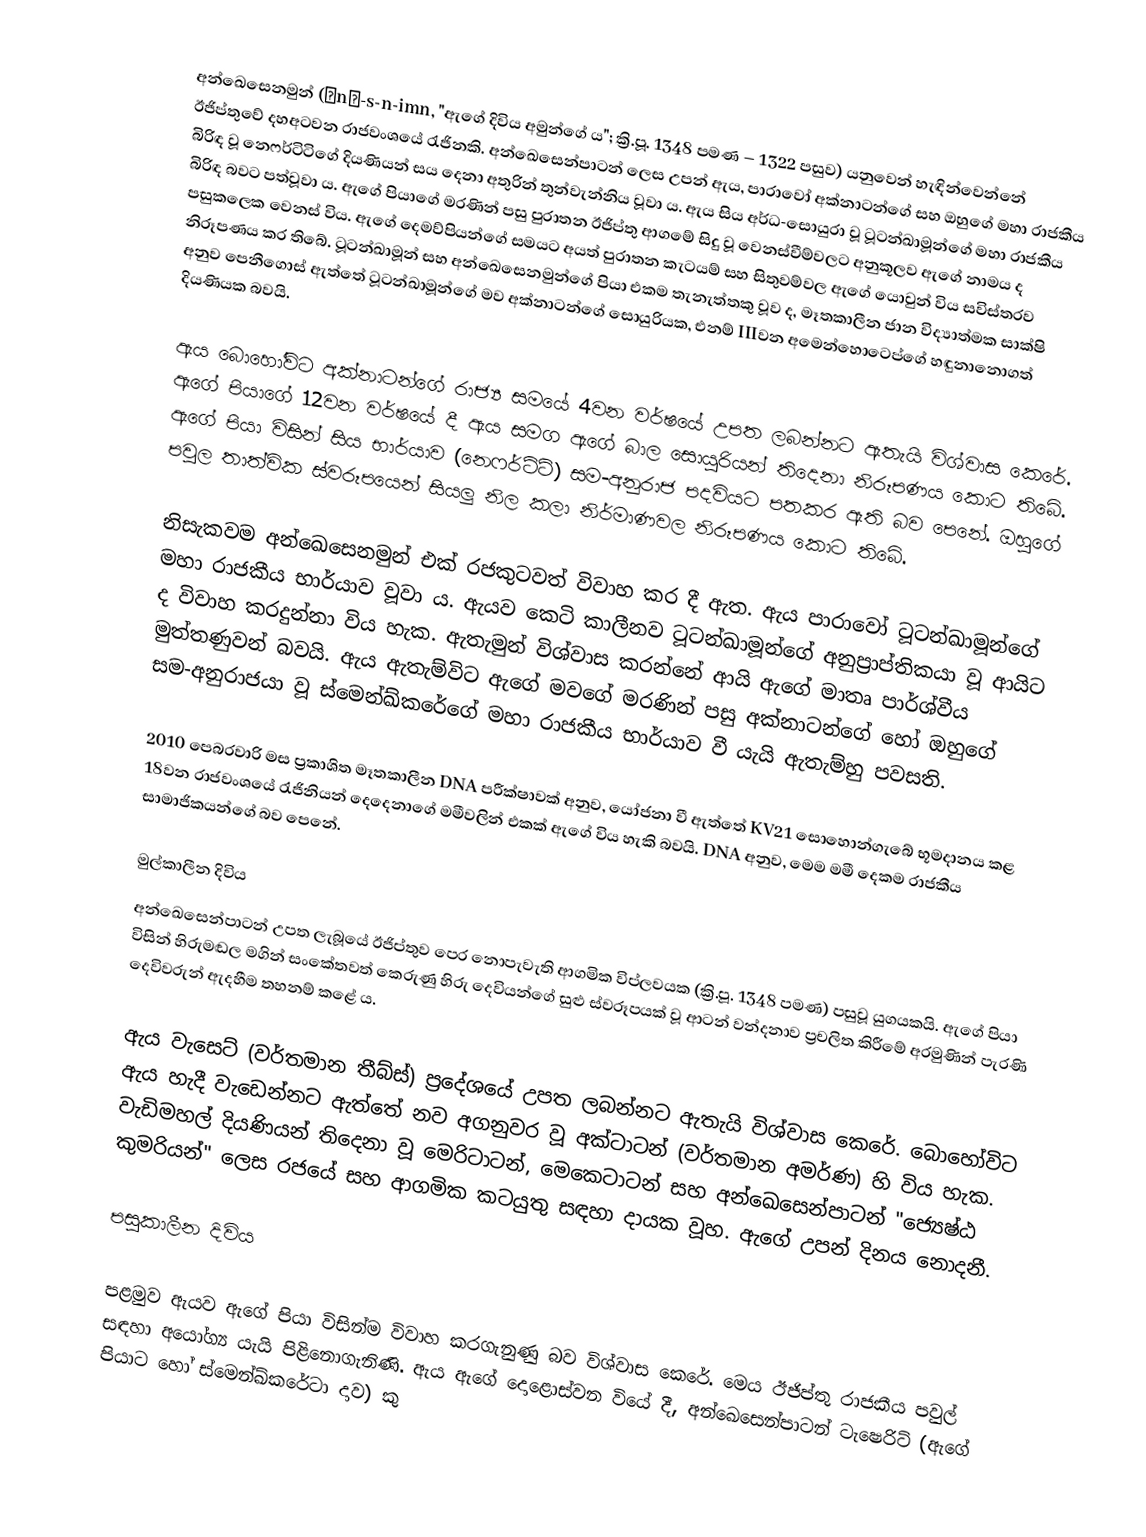
අන්ඛෙසෙනමුන් (ˁnḫ-s-n-imn, "ඇගේ දිවිය අමුන්ගේ ය"; ක්‍රි.පූ. 1348 පමණ – 1322 පසුව) යනුවෙන් හැඳින්වෙන්නේ ඊජිප්තුවේ දහඅටවන රාජවංශයේ රැජිනකි. අන්ඛෙසෙන්පාටන් ලෙස උපන් ඇය, පාරාවෝ අක්නාටන්ගේ සහ ඔහුගේ මහා රාජකීය බිරිඳ වූ නෙෆර්ටිටිගේ දියණියන් සය දෙනා අතුරින් තුන්වැන්නිය වූවා ය. ඇය සිය අර්ධ-සොයුරා වූ ටූටන්ඛාමූන්ගේ මහා රාජකීය බිරිඳ බවට පත්වූවා ය. ඇගේ පියාගේ මරණින් පසු පුරාතන ඊජිප්තු ආගමේ සිදු වූ වෙනස්වීම්වලට අනුකූලව ඇගේ නාමය ද පසුකලෙක වෙනස් විය. ඇගේ දෙමව්පියන්ගේ සමයට අයත් පුරාතන කැටයම් සහ සිතුවම්වල ඇගේ යොවුන් විය සවිස්තරව නිරූපණය ක‍ර තිබේ. ටූටන්ඛාමූන් සහ අන්ඛෙසෙනමුන්ගේ පියා එකම තැනැත්තකු වූව ද, මෑතකාලීන ජාන විද්‍යාත්මක සාක්ෂි අනුව පෙනීගොස් ඇත්තේ ටූටන්ඛාමූන්ගේ මව අක්නාටන්ගේ සොයුරියක, එනම් IIIවන අමෙන්හොටෙප්ගේ හඳුනානොගත් දියණියක බවයි.

ඇය බොහෝවිට අක්නාටන්ගේ රාජ්‍ය සමයේ 4වන වර්ෂයේ උපත ලබන්නට ඇතැයි විශ්වාස කෙරේ. ඇගේ පියාගේ 12වන වර්ෂයේ දී ඇය සමග ඇගේ බාල සොයුරියන් තිදෙනා නිරූපණය කොට තිබේ. ඇගේ පියා විසින් සිය භාර්යාව (නෙෆර්ටිටි) සම-අනුරාජ පදවියට පතකර ඇති බව පෙනේ. ඔහුගේ පවුල තාත්වික ස්වරූපයෙන් සියලු නිල කලා නිර්මාණවල නිරූපණය කොට තිබේ.

නිසැකවම අන්ඛෙසෙනමුන් එක් රජකුටවත් විවාහ කර දී ඇත. ඇය පාරාවෝ ටූටන්ඛාමූන්ගේ මහා රාජකීය භාර්යාව වූවා ය. ඇයව කෙටි කාලීනව ටූටන්ඛාමූන්ගේ අනුප්‍රාප්තිකයා වූ ආයිට ද විවාහ කරදුන්නා විය හැක. ඇතැමුන් විශ්වාස කරන්නේ ආයි ඇගේ මාතෘ පාර්ශ්වීය මුත්තණුවන් බවයි. ඇය ඇතැම්විට ඇගේ මවගේ මරණින් පසු අක්නාටන්ගේ හෝ ඔහුගේ සම-අනුරාජයා වූ ස්මෙන්ඛ්කරේගේ මහා රාජකීය භාර්යාව වී යැයි ඇතැම්හු පවසති.

2010 පෙබරවාරි මස ප්‍රකාශිත මෑතකාලීන DNA පරීක්ෂාවක් අනුව, යෝජනා වී ඇත්තේ KV21 සොහොන්ගැබේ භූමදානය කළ 18වන රාජවංශයේ රැජිනියන් දෙදෙනාගේ මමීවලින් එකක් ඇගේ විය හැකි බවයි. DNA අනුව, මෙම මමී දෙකම රාජකීය සාමාජිකයන්ගේ බව පෙනේ.

මුල්කාලීන දිවිය
අන්ඛෙසෙන්පාටන් උපත ලැබූයේ ඊජිප්තුව පෙර නොපැවැති ආගමික විප්ලවයක (ක්‍රි.පූ. 1348 පමණ) පසුවූ යුගයකයි. ඇගේ පියා විසින් හිරුමඬල මගින් සංකේතවත් කෙරුණු හිරු දෙවියන්ගේ සුළු ස්වරූපයක් වූ ආටන් වන්දනාව ප්‍රචලිත කිරීමේ අරමුණින් පැරණි දෙවිවරුන් ඇදහීම තහනම් කළේ ය.

ඇය වැසෙට් (වර්තමාන තීබ්ස්) ප්‍රදේශයේ උපත ලබන්නට ඇතැයි විශ්වාස කෙරේ. බොහෝවිට ඇය හැදී වැඩෙන්නට ඇත්තේ නව අගනුවර වූ අක්ටාටන් (වර්තමාන අමර්ණ) හි විය හැක. වැඩිමහල් දියණියන් තිදෙනා වූ මෙරිටාටන්, මෙකෙටාටන් සහ අන්ඛෙසෙන්පාටන් "ජ්‍යෙෂ්ඨ කුමරියන්" ලෙස රජයේ සහ ආගමික කටයුතු සඳහා දායක වූහ. ඇගේ උපන් දිනය නොදනී.

පසුකාලීන දිවිය

පළමුව ඇයව ඇගේ පියා විසින්ම විවාහ කරගැනුණු බව විශ්වාස කෙරේ. මෙය ඊජිප්තු රාජකීය පවුල් සඳහා අයෝග්‍ය යැයි පිළිනොගැනිණි. ඇය ඇගේ දොළොස්වන වියේ දී, අන්ඛෙසෙන්පාටන් ටැෂෙරිට් (ඇගේ පියාට හෝ ස්මෙන්ඛ්කරේටා දාව) කු